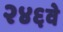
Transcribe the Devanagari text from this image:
२४६वे